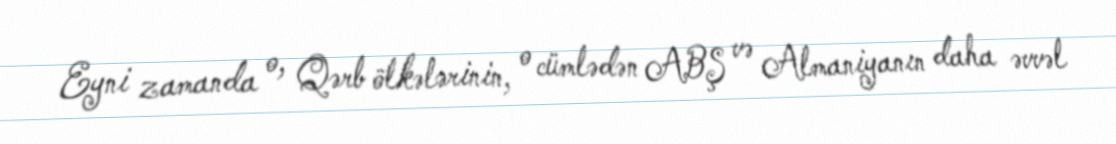
Eyni zamanda o, Qərb ölkələrinin, o cümlədən ABŞ və Almaniyanın daha əvvəl